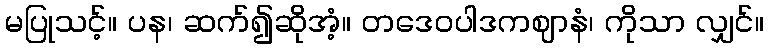
မပြုသင့်။ ပန၊ ဆက်၍ဆိုအံ့။ တဒေဝပါဒကဈာနံ၊ ကိုသာ လျှင်။